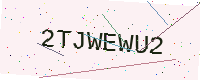
Text: 2TJWEWU2